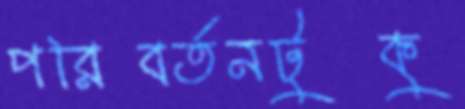
পরিবর্তনটুকু